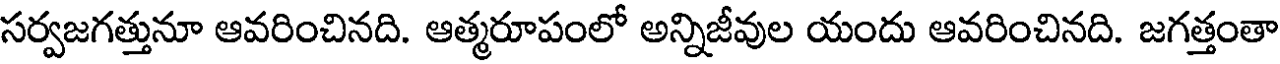
సర్వజగత్తునూ ఆవరించినది. ఆత్మరూపంలో అన్నిజీవుల యందు ఆవరించినది. జగత్తంతా